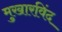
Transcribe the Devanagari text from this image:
मुखारविंद